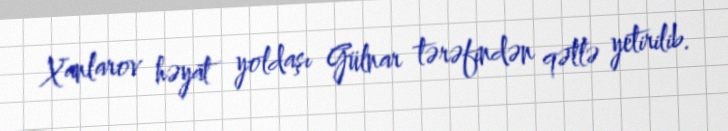
Xanlarov həyat yoldaşı Gülnar tərəfindən qətlə yetirilib.